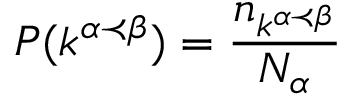
\displaystyle P ( k ^ { \alpha \prec \beta } ) = \frac { n _ { k ^ { \alpha \prec \beta } } } { N _ { \alpha } }